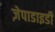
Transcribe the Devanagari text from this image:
ज़ेपाडाइडी